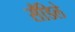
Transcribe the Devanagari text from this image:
सँडिले